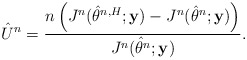
\begin{align*}\hat{U}_{}^{n} = \frac{n \left(J_{}^{n}(\hat{\theta}_{}^{n,H};\mathbf{y}) - J_{}^{n}(\hat{\theta}_{}^{n};\mathbf{y})\right)}{J_{}^{n}(\hat{\theta}_{}^{n};\mathbf{y})}.\end{align*}